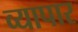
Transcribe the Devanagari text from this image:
व्यापार